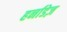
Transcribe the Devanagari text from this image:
हर्नाडेज़